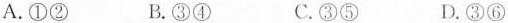
A.①② B.③④ C.③⑤ D.③⑥